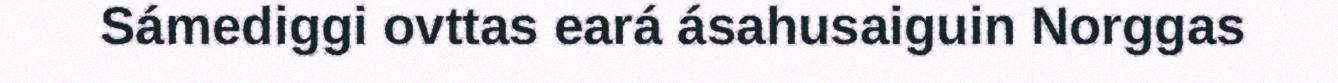
Sámediggi ovttas eará ásahusaiguin Norggas